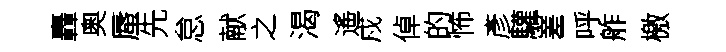
轟奧蜃先怠献之渴遙戍倬的怖彥驩嵳呼舴檄